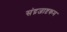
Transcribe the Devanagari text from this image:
संद्रजाष्टकम